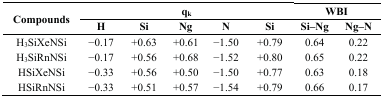
| <ROWSPAN=2> Compounds | <COLSPAN=5> qk | <COLSPAN=2> WBI |
 | H | Si | Ng | N | Si | Si–Ng | Ng–N |
 | --- | --- | --- | --- | --- | --- | --- | --- |
 | H3SiXeNSi | −0.17 | +0.63 | +0.61 | −1.50 | +0.79 | 0.64 | 0.22 |
 | H3SiRnNSi | −0.17 | +0.56 | +0.68 | −1.52 | +0.80 | 0.65 | 0.22 |
 | HSiXeNSi | −0.33 | +0.56 | +0.50 | −1.50 | +0.77 | 0.63 | 0.18 |
 | HSiRnNSi | −0.33 | +0.51 | +0.57 | −1.54 | +0.79 | 0.66 | 0.17 |